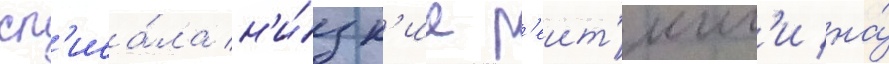
сп'иса́ла н'и́зк'ие р'еит'инг'и на́